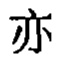
亦